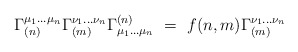
\begin{align*}\Gamma^{\mu_1 \ldots \mu_n}_{(n)} \Gamma^{\nu_1 \ldots \nu_n}_{(m)} \Gamma_{\mu_1 \ldots \mu_n}^{(n)} ~=~ f(n,m) \Gamma^{\nu_1 \ldots \nu_n}_{(m)} \end{align*}